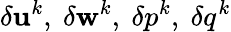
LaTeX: \delta\mathbf{u}^{k},\ \delta\mathbf{w}^{k},\ \delta p^{k},\ \delta q^{k}